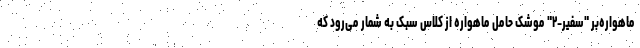
ماهواره‌بر "سفیر-۲" موشک حامل ماهواره از کلاس سبک به شمار می‌رود که